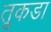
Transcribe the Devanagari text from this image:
तूकडा